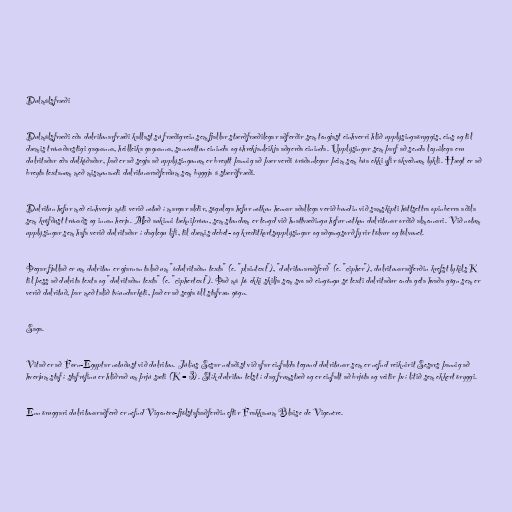
Dulmálsfræði

Dulmálsfræði eða dulritunarfræði kallast sú fræðigrein sem fjallar stærðfræðilegar aðferðir sem tengjast einhverri hlið upplýsingaöryggis, eins og til
dæmis trúnaðarstigi gagnanna, heilleika gagnanna, sannvottun eininda og óhrekjanleikja aðgerða eininda. Upplýsingar sem þarf að senda leynilega eru
dulritaðar eða dulkóðaðar, það er að segja að upplýsingunum er breytt þannig að þær verði óráðanlegar þeim sem búa ekki yfir ákveðnum lykli. Hægt er að
breyta textanum með mismunandi dulritunaraðferðum sem byggja á stærðfræði.

Dulritun hefur með einhverju móti verið notuð í margar aldir, sögulega hefur notkun hennar aðallega verið bundin við samskipti háttsettra opinberra aðila
sem kröfðust trúnaðs og innan herja. Með aukinni tækniþróun, sem stundum er tengd við hnattvæðingu hefur notkun dulritunar orðið almennari. Við notum
upplýsingar sem hafa verið dulritaðar í daglegu lífi, til dæmis debet- og kreditkortsupplýsingar og aðgangsorð fyrir tölvur og tölvunet.

Þegar fjallað er um dulritun er gjarnan talað um "ódulritaðan texta" (e. "plaintext"), "dulritunaraðferð" (e. "cipher"), dulritunaraðferðin krefst lykils K
til þess að dulrita texta og "dulritaðan texta" (e. "ciphertext"). Það má þó ekki skilja sem svo að eingöngu sé texti dulritaður enda geta hvaða gögn sem er
verið dulrituð, þar með talið tvíundarkóti, það er að segja öll stafræn gögn.

Saga.

Vitað er að Forn-Egyptar notuðust við dulritun. Júlíus Sesar notaðist við afar einfalda tegund dulritunar sem er nefnd reiknirit Sesars þannig að
hverjum staf í stafrófinu er hliðrað um þrjú sæti (K = 3). Slík dulritun telst í dag frumstæð og er einfalt að brjóta og veitir því lítið sem ekkert öryggi.

Enn öruggari dulritunaraðferð er nefnd Vigenère-fjölstafaaðferðin eftir Frakkanum Blaise de Vigenère.